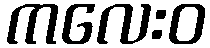
ကလေးဝ